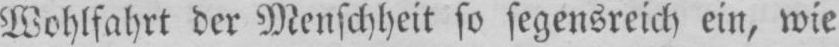
Wohlfahrt der Menschheit so segensreich ein, wie